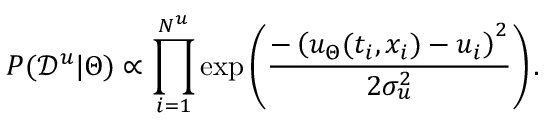
P ( \mathcal { D } ^ { u } | \Theta ) \propto \prod _ { i = 1 } ^ { N ^ { u } } \mathrm { e x p } \left( \frac { - \left( u _ { \Theta } ( t _ { i } , x _ { i } ) - u _ { i } \right) ^ { 2 } } { 2 \sigma _ { u } ^ { 2 } } \right) .